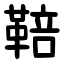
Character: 鞛